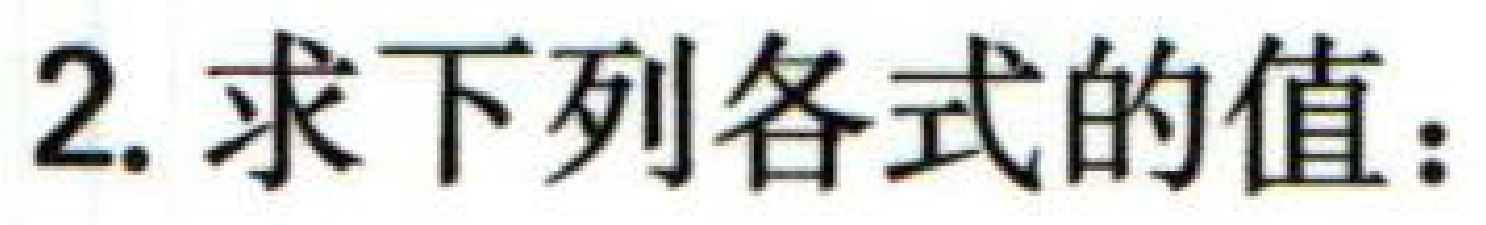
2. 求下列各式的值：